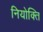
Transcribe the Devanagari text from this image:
नियोक्ति